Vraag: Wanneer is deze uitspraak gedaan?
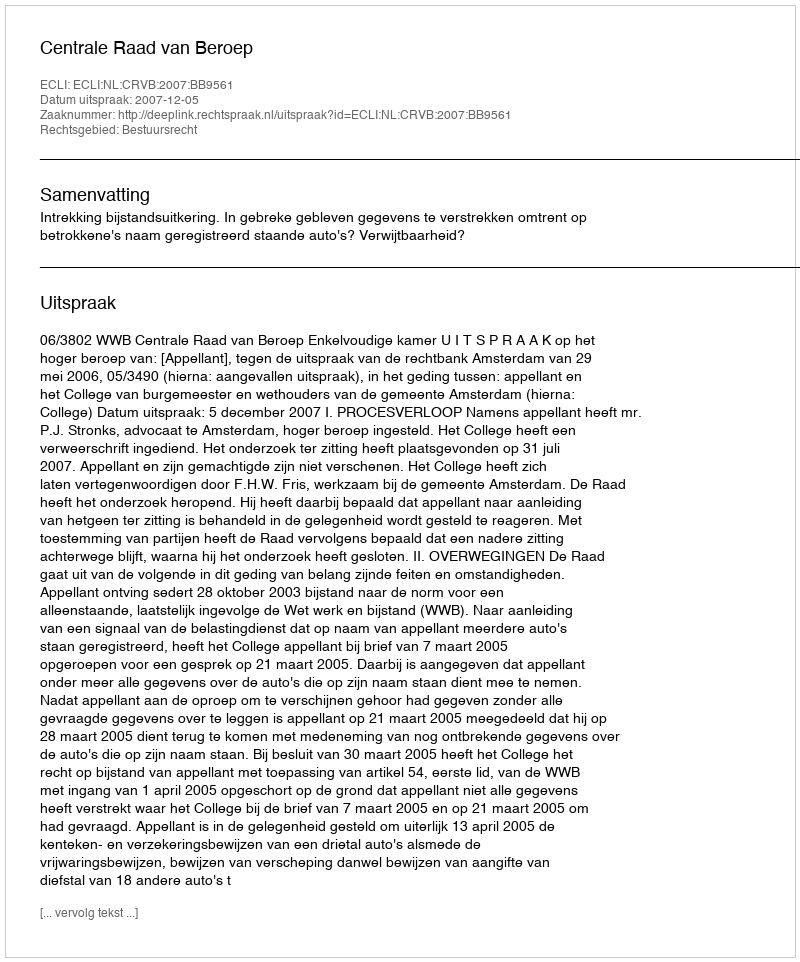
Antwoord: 2007-12-05